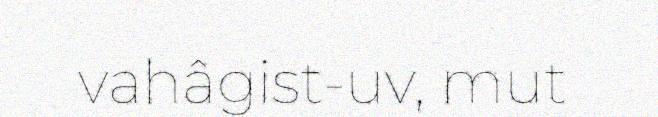
vahâgist-uv, mut